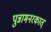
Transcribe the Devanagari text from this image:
पुन्नामनरकात्